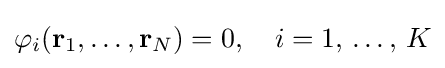
\displaystyle \varphi _{i}(\mathbf {r} _{1},\ldots ,\mathbf {r} _{N})=0,\quad i=1,\,\ldots ,\,K